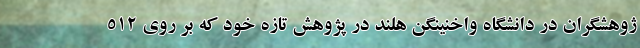
ژوهشگران در دانشگاه واخنینگن هلند در پژوهش تازه خود که بر روی ۵۱۲